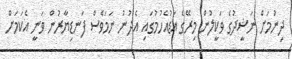
ދިނުމަށް ނަޝީދުގެ ވަކީލުން މިރޭގެ އަޑުއެހުމުގައި އެދުނު ނަމަވެސް ފަނޑިޔާރުން ވަނީ އެކަމަށް